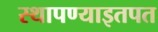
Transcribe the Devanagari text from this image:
स्थापण्याइतपत